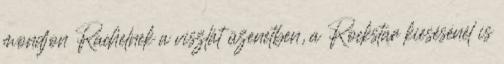
mondjon Rachelnek a viszlát üzenetben, a Rockstar kiesésénél is